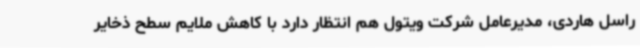
راسل هاردی، مدیرعامل شرکت ویتول هم انتظار دارد با کاهش ملایم سطح ذخایر